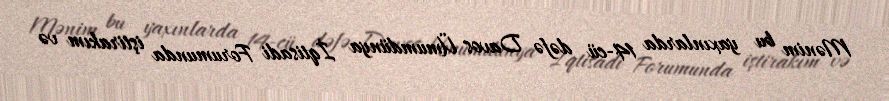
Mənim bu yaxınlarda 14-cü dəfə Davos Ümumdünya İqtisadi Forumunda iştirakım və